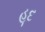
હૂદ